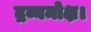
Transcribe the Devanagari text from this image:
द्रव्यमोक्ष।